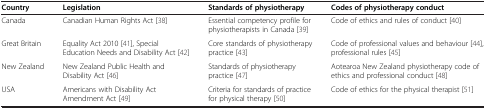
<table><thead><tr><td><b>Country</b></td><td><b>Legislation</b></td><td><b>Standards of physiotherapy</b></td><td><b>Codes of physiotherapy conduct</b></td></tr></thead><tbody><tr><td>Canada</td><td>Canadian Human Rights Act [38]</td><td>Essential competency profile for physiotherapists in Canada [39]</td><td>Code of ethics and rules of conduct [40]</td></tr><tr><td>Great Britain</td><td>Equality Act 2010 [41], Special Education Needs and Disability Act [42]</td><td>Core standards of physiotherapy practice [43]</td><td>Code of professional values and behaviour [44], professional rules [45]</td></tr><tr><td>New Zealand</td><td>New Zealand Public Health and Disability Act [46]</td><td>Standards of physiotherapy practice [47]</td><td>Aotearoa New Zealand physiotherapy code of ethics and professional conduct [48]</td></tr><tr><td>USA</td><td>Americans with Disability Act Amendment Act [49]</td><td>Criteria for standards of practice for physical therapy [50]</td><td>Code of ethics for the physical therapist [51]</td></tr></tbody></table>